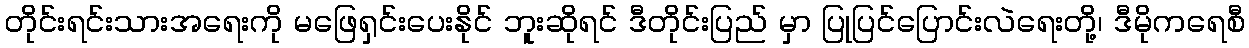
တိုင်းရင်းသားအရေးကို မဖြေရှင်းပေးနိုင် ဘူးဆိုရင် ဒီတိုင်းပြည် မှာ ပြုပြင်ပြောင်းလဲရေးတို့၊ ဒီမိုကရေစီ